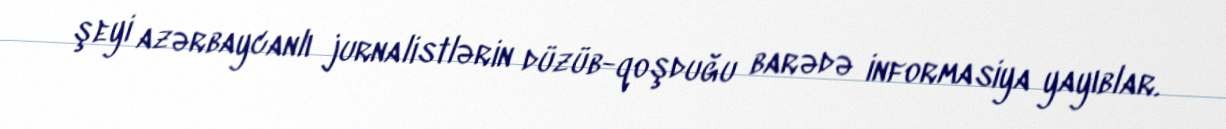
şeyi azərbaycanlı jurnalistlərin düzüb-qoşduğu barədə informasiya yayıblar.